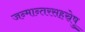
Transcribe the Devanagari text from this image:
जन्मान्तरसहस्रेषु